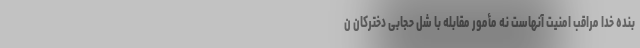
بنده خدا مراقب امنیت آنهاست نه مأمور مقابله با شل حجابی دخترکان ن